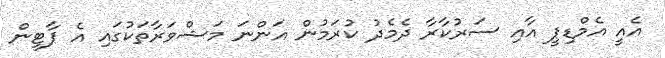
އެއީ އެމްޑިޕީ އާއި ސަރުކާރާ ދެމެދު ކުރަމުން އަންނަ މަޝްވަރާތަކުގައި އެ ޕާޓީން